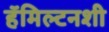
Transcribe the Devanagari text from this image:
हॅमिल्टनशी